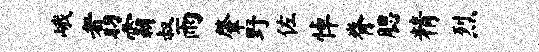
峨翥霸叔雨肇野佐悼脊腮精烈